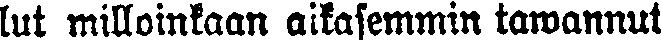
lut milloinkaan aikasemmin tawannut